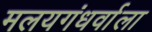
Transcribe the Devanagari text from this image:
मलयगंधर्वाला